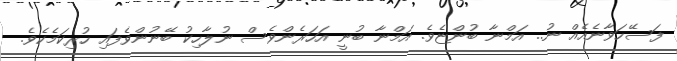
ފަސޭހަވާނެއެއް ނު.. އަމްނާ ބުންޏެވެ. އަމްނާ ބުނީ އަހަރެންވެސް ނުލާހިކު ބޭނުންވެފައި ހުރިކަމެކެވެ.